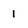
Character: 1